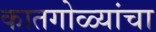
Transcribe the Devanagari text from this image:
कातगोळ्यांचा